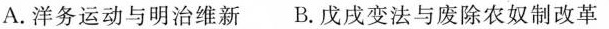
A.洋务运动与明治维新B.戊戌变法与废除农奴制改革